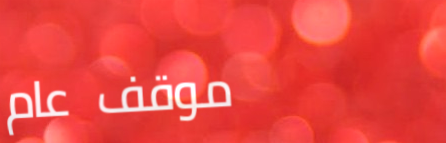
موقف عام